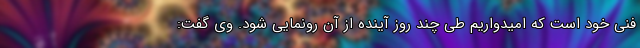
فنی خود است که امیدواریم طی چند روز آینده از آن رونمایی شود. وی گفت: